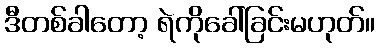
ဒီတစ်ခါတော့ ရဲကိုခေါ်ခြင်းမဟုတ်။